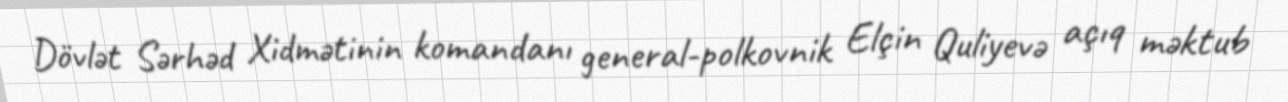
Dövlət Sərhəd Xidmətinin komandanı general-polkovnik Elçin Quliyevə açıq məktub